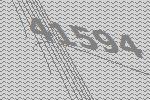
41594